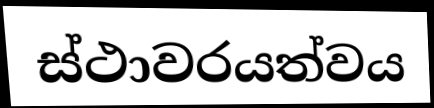
ස්ථාවරයත්වය